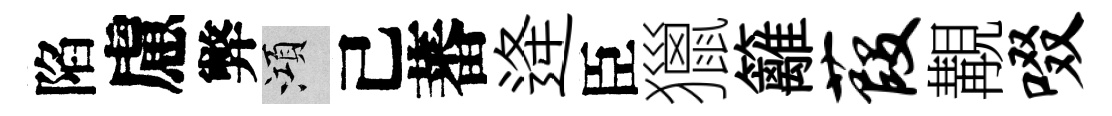
陷慮弊澒己蕃逄臣獵籬葭覯啜